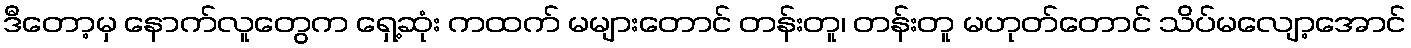
ဒီတော့မှ နောက်လူတွေက ရှေ့ဆုံး ကထက် မများတောင် တန်းတူ၊ တန်းတူ မဟုတ်တောင် သိပ်မလျော့အောင်